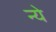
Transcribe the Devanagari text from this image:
न्‍ये